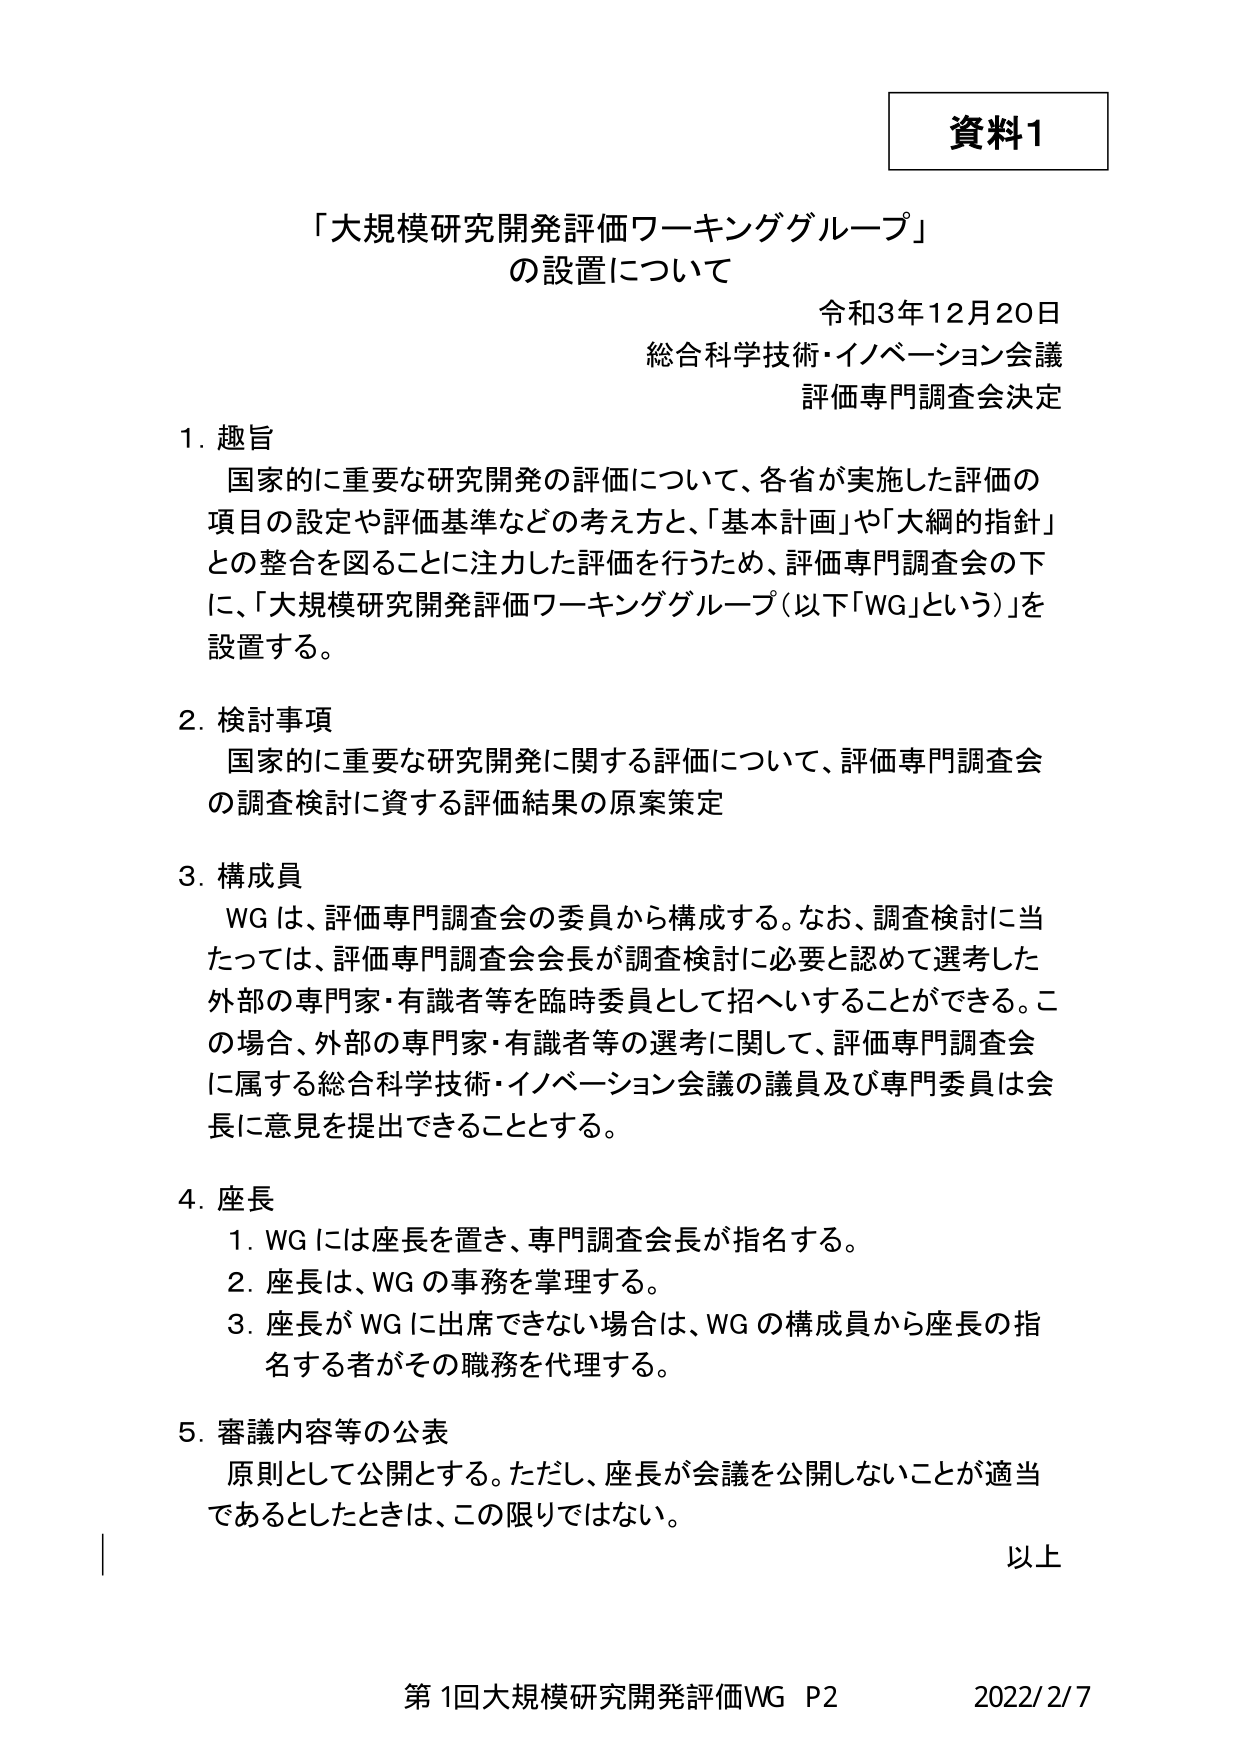
資料1

「大規模研究開発評価ワーキンググループ」
の設置について

令和3年12月20日
総合科学技術・イノベーション会議
評価専門調査会決定

1. 趣旨
　国家的に重要な研究開発の評価について、各省が実施した評価の
　項目の設定や評価基準などの考え方、「基本計画」や「大綱的指針」
　との整合を図ることに注力した評価を行うため、評価専門調査会の下
　に、「大規模研究開発評価ワーキンググループ（以下「WG」という）」を
　設置する。

2. 検討事項
　国家的に重要な研究開発に関する評価について、評価専門調査会
　の調査検討に資する評価結果の原案策定

3. 構成員
　WG は、評価専門調査会の委員から構成する。なお、調査検討に当
　たっては、評価専門調査会会長が調査検討に必要と認めて選考した
　外部の専門家・有識者等を臨時委員として招へいすることができる。こ
　の場合、外部の専門家・有識者等の選考に関して、評価専門調査会
　に属する総合科学技術・イノベーション会議の議員及び専門委員は会
　長に意見を提出できることとする。

4. 座長
　1. WG には座長を置き、専門調査会長が指名する。
　2. 座長は、WG の事務を掌理する。
　3. 座長が WG に出席できない場合は、WG の構成員から座長の指
　　名する者がその職務を代理する。

5. 審議内容等の公表
　原則として公開とする。ただし、座長が会議を公開しないことが適当
　であるとしたときは、この限りではない。

以上

第1回大規模研究開発評価WG P2 2022/2/7